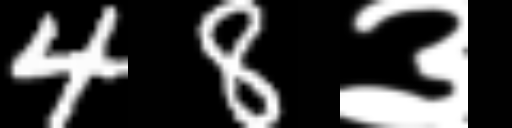
Text: 48३